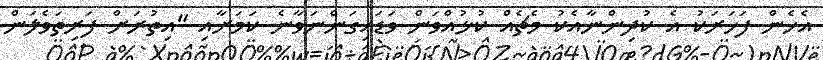
އެހެން ފަހަރަކު އެ ކުދިންނާއެކު މެޗެއް ކުޅުއްވަން ވަޑައިގަންނަވާނެ ކަމަށާއި "އިތުރަށް ފަރިތަވެލަން